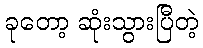
ခုတော့ ဆုံးသွားပြီတဲ့